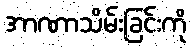
အာဏာသိမ်းခြင်းကို